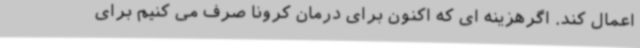
اعمال کند. اگرهزینه ای که اکنون برای درمان کرونا صرف می کنیم برای